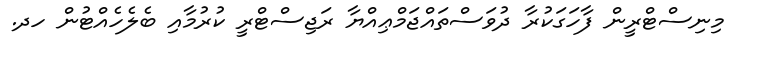
މިނިސްޓްރީން ފާހަގަކުރާ ދުވަސްތައްޖަމްޢިއްޔާ ރަޖިސްޓްރީ ކުރުމާއި ބެލެހެއްޓުން ހދ.